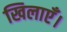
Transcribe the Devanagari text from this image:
खिलाएँ।